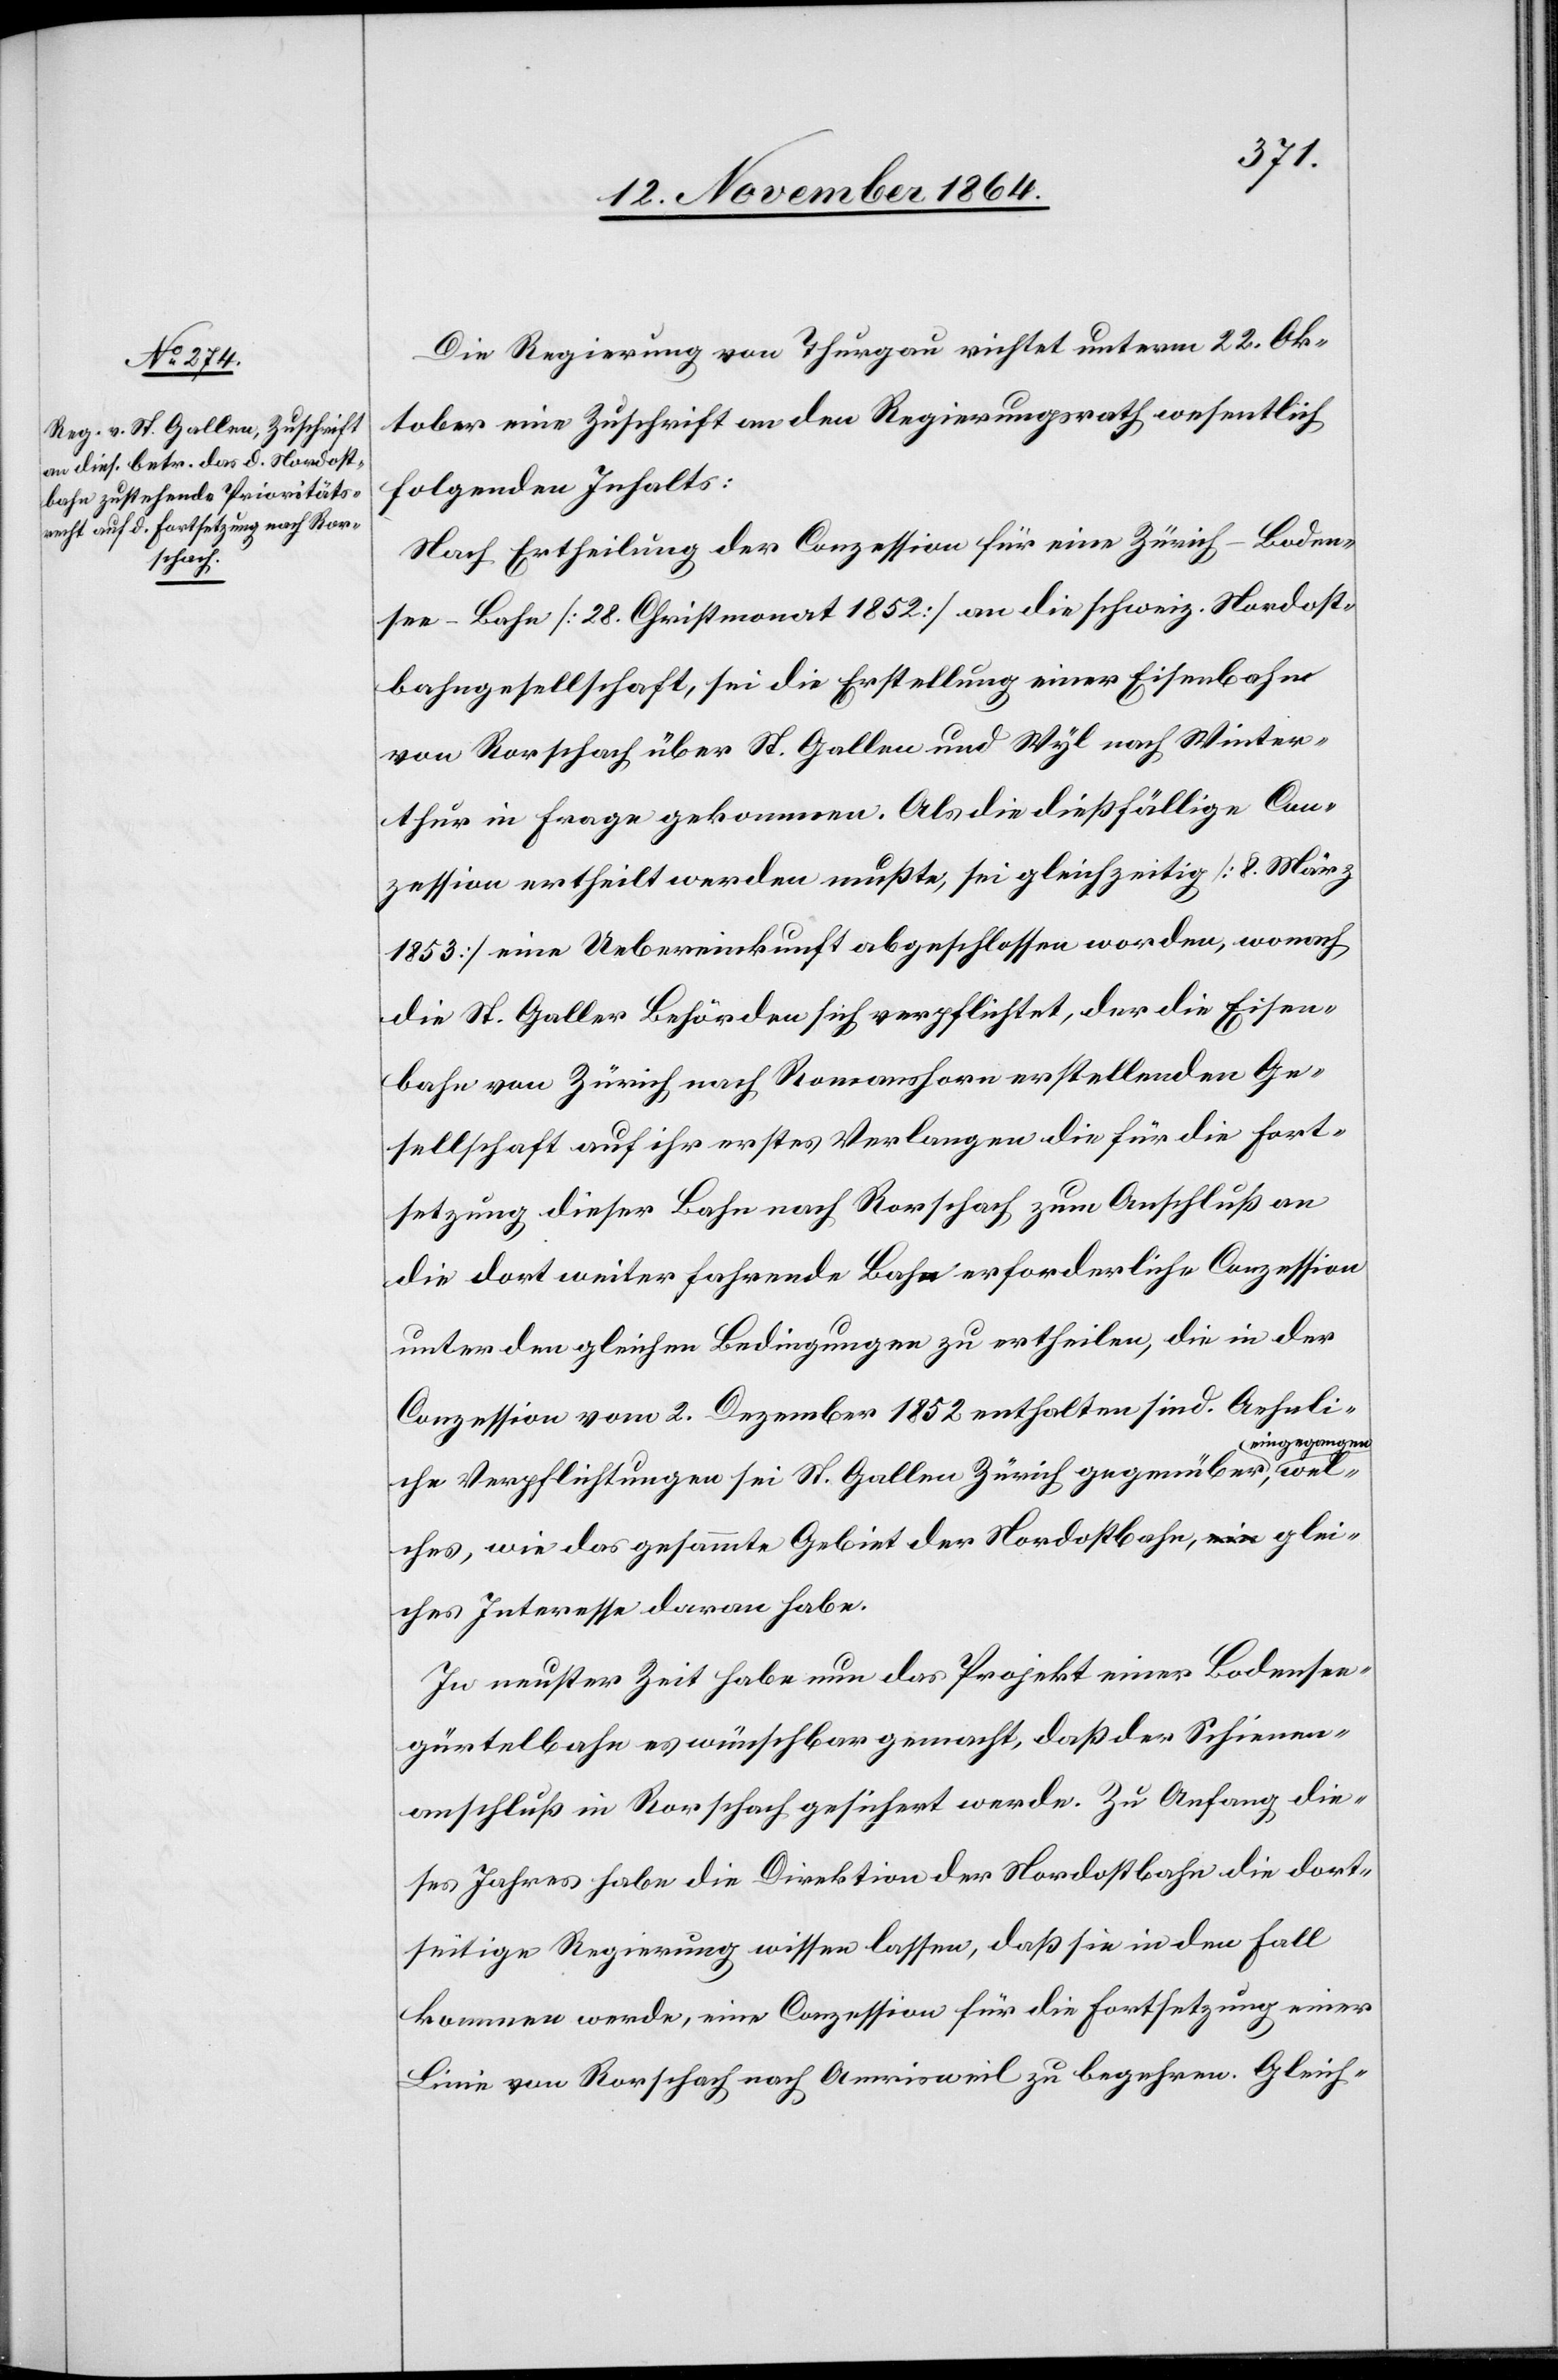
wel¬
Die Regierung von Thurgau richtet unterm 22. Ok¬
tober eine Zuschrift an den Regierungsrath wesentlich
folgenden Inhalts:
Nach Ertheilung der Conzession für eine Zürich–Boden¬
see-Bahn [28. Christmonat 1852] an die schweiz. Nordost¬
bahngesellschaft, sei die Erstellung einer Eisenbahn
von Rorschach über St. Gallen und Wyl nach Winter¬
thur in Frage gekommen. Als die dießfällige Con¬
zession ertheilt werden mußte, sei gleichzeitig [8. März
1853] eine Uebereinkunft abgeschlossen worden, wonach
die St. Galler Behörden sich verpflichtet, der die Eisen¬
bahn von Zürich nach Romanshorn erstellenden Ge¬
sellschaft auf ihr erstes Verlangen die für die Fort¬
setzung dieser Bahn nach Rorschach zum Anschluß an
die dort weiter fahrende Bahn erforderliche Conzession
unter den gleichen Bedingungen zu ertheilen, die in der
Conzession vom 2. Dezember 1852 enthalten sind. Aehnli¬
ingegangen-a,
che Verpflichtungen sei St. Gallen Zürich gegenüber a-e¬
ches wie das gesammte Gebiet der Nordostbahn, glei¬
ches Interesse daran habe.
In neuster Zeit habe nun das Projekt einer Bodensee¬
gürtelbahn es wünschbar gemacht, daß der Schienen¬
anschluß in Rorschach gesichert werde. Zu Anfang die¬
ses Jahres habe die Direktion der Nordostbahn die dort¬
seitige Regierung wissen lassen, daß sie in den Fall
kommen werde, eine Conzession für die Fortsetzung einer
Linie von Rorschach nach Amrisweil zu begehren. Gleich-